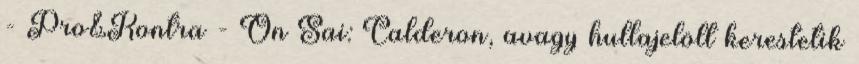
- Pro&Kontra - On Sai: Calderon, avagy hullajelölt kerestetik